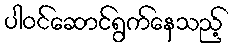
ပါဝင်ဆောင်ရွက်နေသည့်